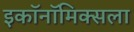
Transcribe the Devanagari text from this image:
इकॉनॉमिक्सला